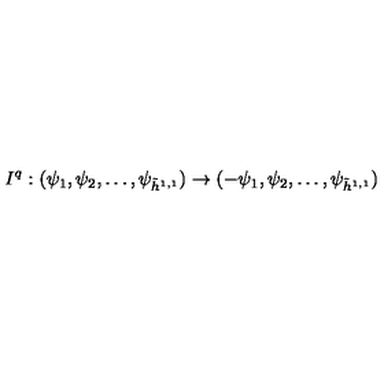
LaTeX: I ^ { q } : ( \psi _ { 1 } , \psi _ { 2 } , \dots , \psi _ { \tilde { h } ^ { 1 , 1 } } ) \to ( - \psi _ { 1 } , \psi _ { 2 } , \dots , \psi _ { \tilde { h } ^ { 1 , 1 } } )